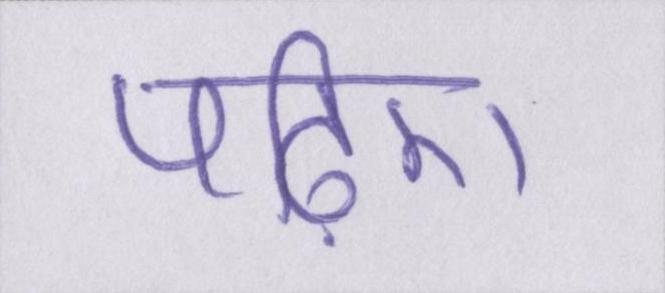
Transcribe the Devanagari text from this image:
पढ़िए